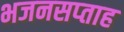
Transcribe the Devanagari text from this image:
भजनसप्‍ताह